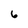
Character: 6